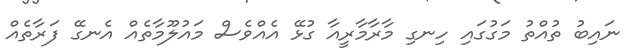
ނައިބު ތުއްތު މަގުގައި ހިނގި މާރާމާރީއާ ގުޅޭ އެއްވެސް މައުލޫމާތެއް އެނގޭ ފަރާތެއް